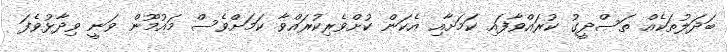
ބަދަލުތަކެއް ތަސްދީގު ކުރައްވާފައި ކަމަށާއި އެކަން ކުށްވެރިކުރައްވާ ކަމަށްވެސް މައުމޫން ވަނީ ވިދާޅުވެފަ